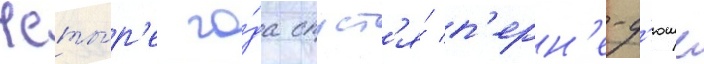
Четы́р'е го́да спуст'я́ п'ерн'е-д'юше